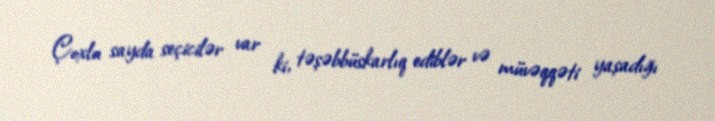
Çoxlu sayda seçicilər var ki, təşəbbüskarlıq ediblər və müvəqqəti yaşadığı